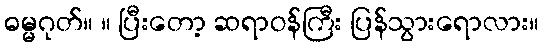
ဓမ္မဂုတ်။ ။ ပြီးတော့ ဆရာဝန်ကြီး ပြန်သွားရောလား။